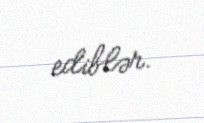
ediblər.